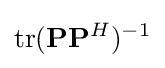
\mathrm {tr} (\mathbf {P} \mathbf {P} ^{H})^{-1}